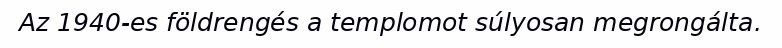
Az 1940-es földrengés a templomot súlyosan megrongálta.